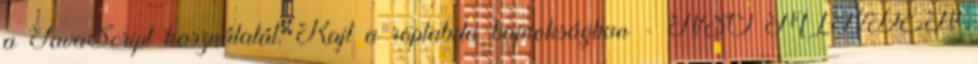
a JavaScript használatát. Rajt a röplabda-bajnokságban - NSO MINDEN